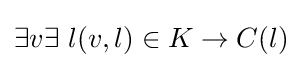
\exists v\exists \ l(v,l)\in K\to C(l)